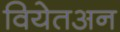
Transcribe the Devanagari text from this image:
वियेतअन